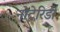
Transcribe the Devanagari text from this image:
नोटेरिडी